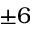
\pm 6